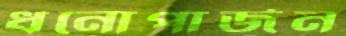
ধনোপার্জন